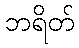
ဘရိတ်